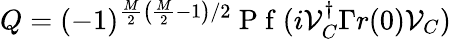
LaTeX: Q=(-1)^{\frac{M}{2}\left(\frac{M}{2}-1\right)/2}\mathrm{~P~f~}(i\mathcal{V}_{C}^{\dagger}\Gamma r(0)\mathcal{V}_{C})